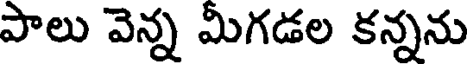
పాలు వెన్న మిగడల కన్నను